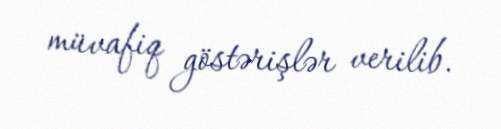
müvafiq göstərişlər verilib.